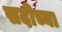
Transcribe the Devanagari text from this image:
सदीच्या